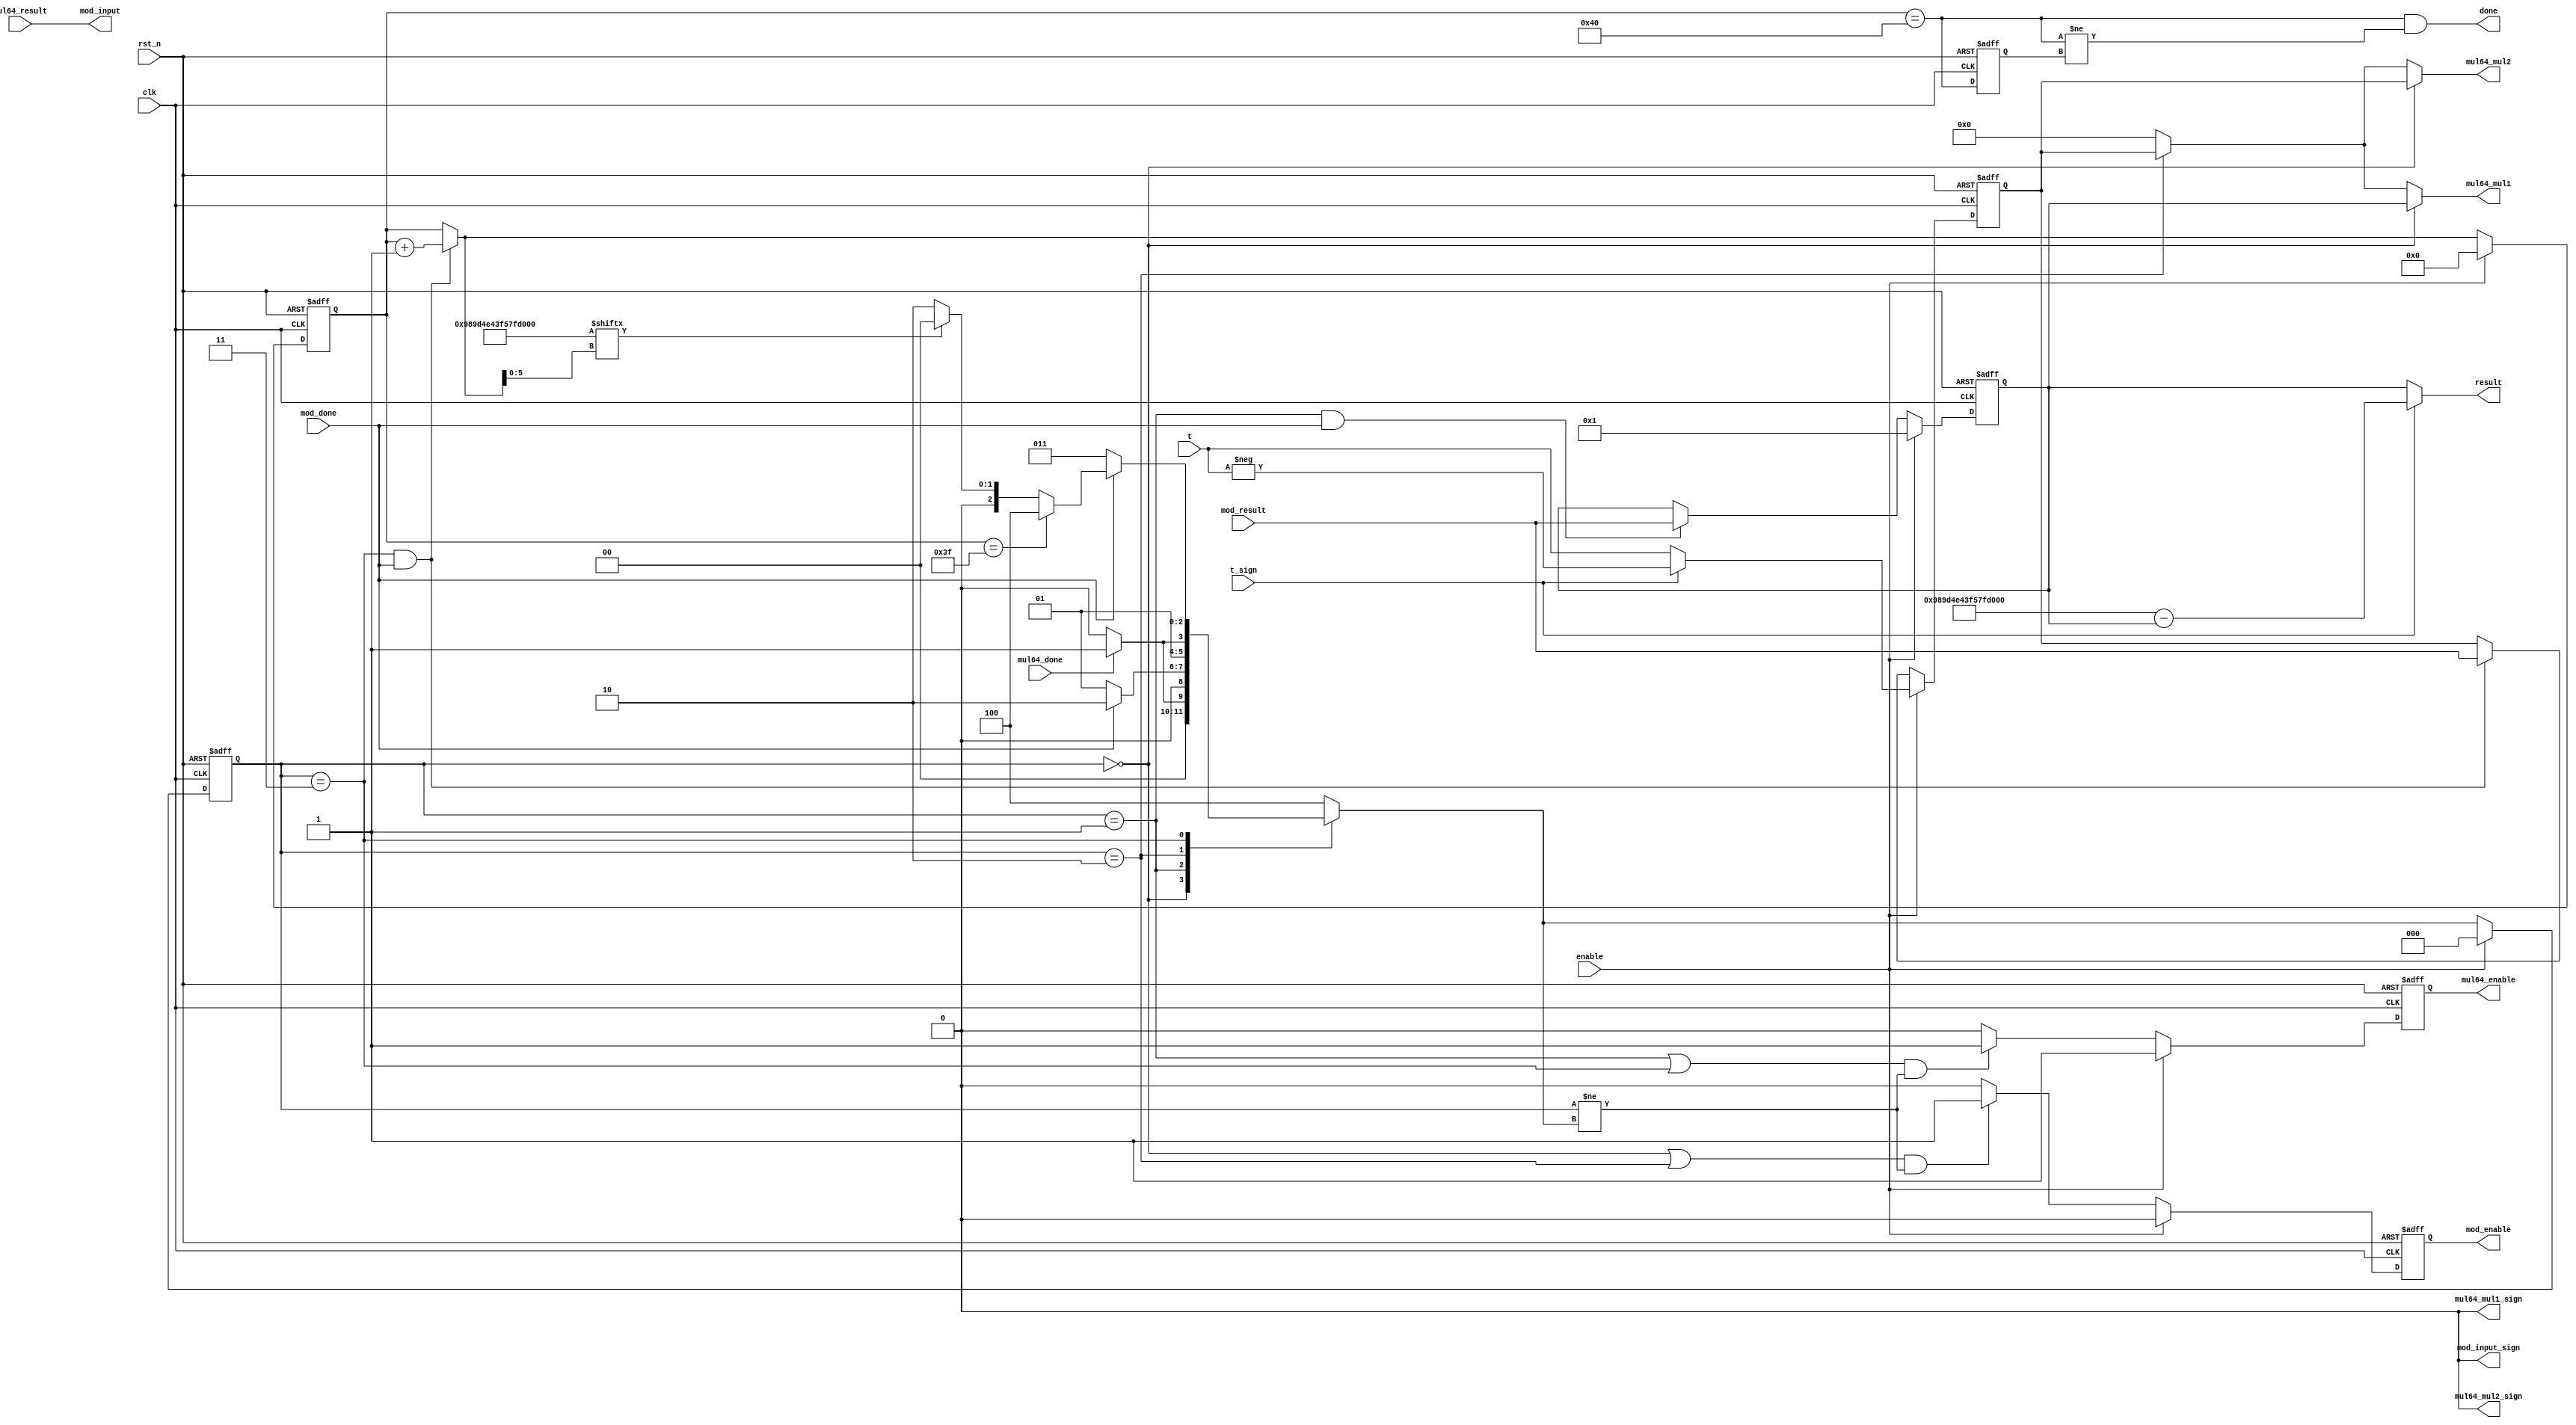
module INV_MOD
        (clk, rst_n, enable, t, t_sign, mod_done, mod_result, 
        mul64_done, mul64_result, mod_enable, mod_input, mod_input_sign, 
        mul64_enable, mul64_mul1, mul64_mul2, mul64_mul1_sign, mul64_mul2_sign, 
        done, result);
    input clk, rst_n;
    input enable;
    input [63:0] t;   //suppose 64 bits  ??????
    input t_sign;

    input mod_done, mul64_done;
    input [63:0] mod_result;
    input [127:0] mul64_result;
    output reg mod_enable, mul64_enable;
    output [127:0] mod_input;
    output mod_input_sign;
    output [63:0] mul64_mul1, mul64_mul2;
    output mul64_mul1_sign, mul64_mul2_sign;
    output done;
    output [63:0] result;

    
    wire [63:0] exp;
    //assign exp = 64'd15;
    assign exp = 64'd10997031918897188675;  // domain

    parameter MUL1  = 3'd0;
    parameter MOD1  = 3'd1;
    parameter MUL2  = 3'd2;
    parameter MOD2  = 3'd3;
    parameter DONE  = 3'd4;

    reg [6:0] iter, nx_iter;
    reg [2:0] st, nst;
    reg [63:0] x, t_exp;

    wire valid ;
    reg valid_reg;
    wire [63:0] t_abs;
    assign t_abs =  (t_sign) ? -t : t;

    assign valid = iter==7'd64;
    assign done = valid==1'd1 && valid != valid_reg;


    assign mod_input = mul64_result; 
    assign mod_input_sign =  1'b0;
    assign mul64_mul1 = (st== MUL1) ? x : (st==MUL2) ? t_exp : 64'd0;
    assign mul64_mul2 = (st== MUL1) ? t_exp : (st==MUL2) ? t_exp : 64'd0;
    assign mul64_mul1_sign =  1'b0;
    assign mul64_mul2_sign = 1'b0;    
    assign result = (t_sign) ? (exp+2) - x : x ;



    
    always @(posedge clk or negedge rst_n) begin
        if (~rst_n) begin
            iter <= 7'd0;
            st <= MUL1;
            x <= 64'd1;
            t_exp <= 64'd0;
            mul64_enable <= 1'b0;
            mod_enable <= 1'b0;
            valid_reg <= 1'b0;
        end
        else begin
            if (enable) begin
                iter <= 7'd0;
                st <= (~exp[0]) ? MUL2 : MUL1 ;
                x <= 64'd1;
                t_exp <= t_abs;
                mul64_enable <= 1'b1;
                mod_enable <= 1'b0;
            end
            else begin
                iter <= nx_iter;
                st <= nst;
                x <= (st==MOD1 && mod_done) ? mod_result : x;
                t_exp <= (st==MOD2 && mod_done) ? mod_result : t_exp;
                mul64_enable <= ((st==MOD1 || st==MOD2) && st!=nst) ? 1'b1 : 1'b0;
                mod_enable <= ((st==MUL1 || st==MUL2) && st!=nst) ? 1'b1 : 1'b0;      
            end    
            valid_reg <= valid;      
        end
    end

    wire log;
    assign log = ~exp[nx_iter[5:0]];

    always @(*) begin
        nx_iter = ( (st==MOD2 && mod_done )) ? iter + 7'd1 : iter;
        case (st)
            MUL1: nst = (mul64_done)  ? MOD1 : MUL1;
            MOD1: nst = (mod_done) ? MUL2 : MOD1;
            MUL2: nst = (mul64_done) ? MOD2 : MUL2;
            MOD2: nst = (mod_done) ? (iter==7'd63) ? DONE : (exp[nx_iter[5:0]]) ? MUL1 : MUL2 : MOD2;
            /*
            MOD2: begin
                if (mod_done) begin
                    if (iter==7'd63) begin
                        nst = DONE;
                    end
                    else
                    begin
                        if (exp[nx_iter[5:0]]) begin
                            nst = MUL1;
                        end
                        else
                        begin
                            nst = MUL2;
                        end
                    end
                end
                else begin
                    nst = MOD2 ;
                end
            end
            */

            default : nst = DONE;
        endcase
    end

endmodule


/*
function modular_pow(base, exponent, modulus)
    if modulus = 1 then return 0
    Assert :: (modulus - 1) * (modulus - 1) does not overflow base
    result := 1
    base := base mod modulus
    while exponent > 0
        if (exponent mod 2 == 1):
           result := (result * base) mod modulus
        exponent := exponent >> 1
        base := (base * base) mod modulus
    return result
*/